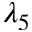
\lambda _ { 5 }